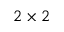
2 \times 2